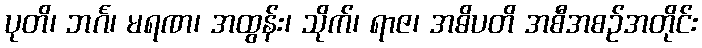
ပုတိ၊ ဘင်္ဂ၊ မရဏ၊ အထွန်း၊ သိုက်၊ ရာဇ၊ အဓိပတိ အစီအစဉ်အတိုင်း